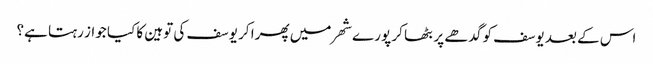
اس کے بعد یوسف کو گدھے پر بٹھا کر پورے شھر میں پھرا کر یوسف کی توہین کا کیا جواز رہتا ہے؟